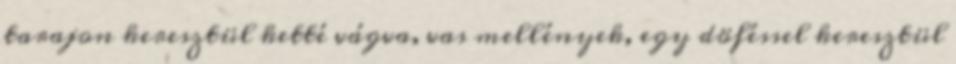
tarajon keresztül ketté vágva, vas mellények, egy döféssel keresztül